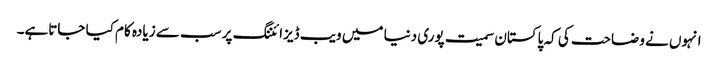
انہوں نے وضاحت کی کہ پاکستان سمیت پوری دنیا میں ویب ڈیزائننگ پر سب سے زیادہ کام کیا جاتاہے۔